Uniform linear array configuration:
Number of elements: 48
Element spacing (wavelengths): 1
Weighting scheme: exponential
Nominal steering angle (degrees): -60
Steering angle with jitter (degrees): -60.946
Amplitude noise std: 0.05
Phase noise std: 0.05

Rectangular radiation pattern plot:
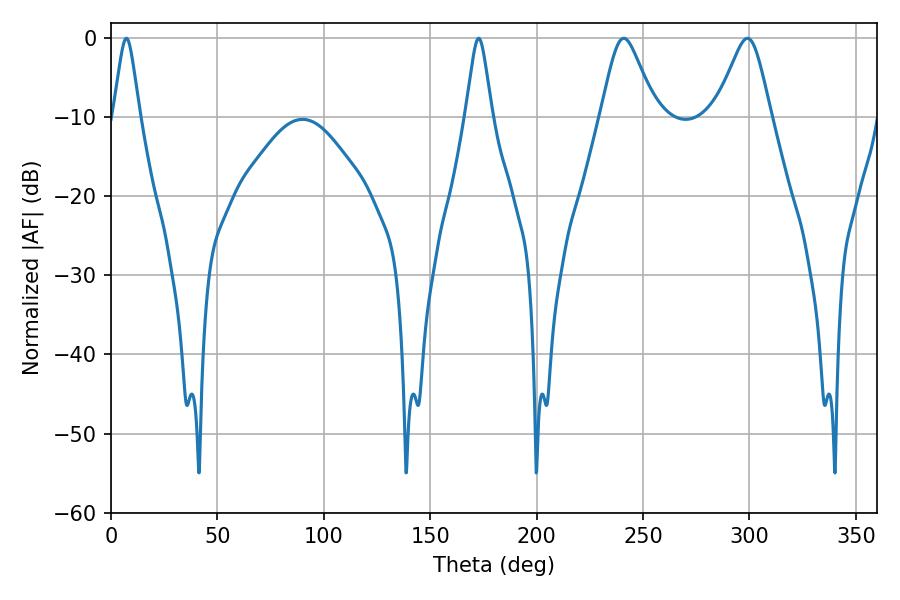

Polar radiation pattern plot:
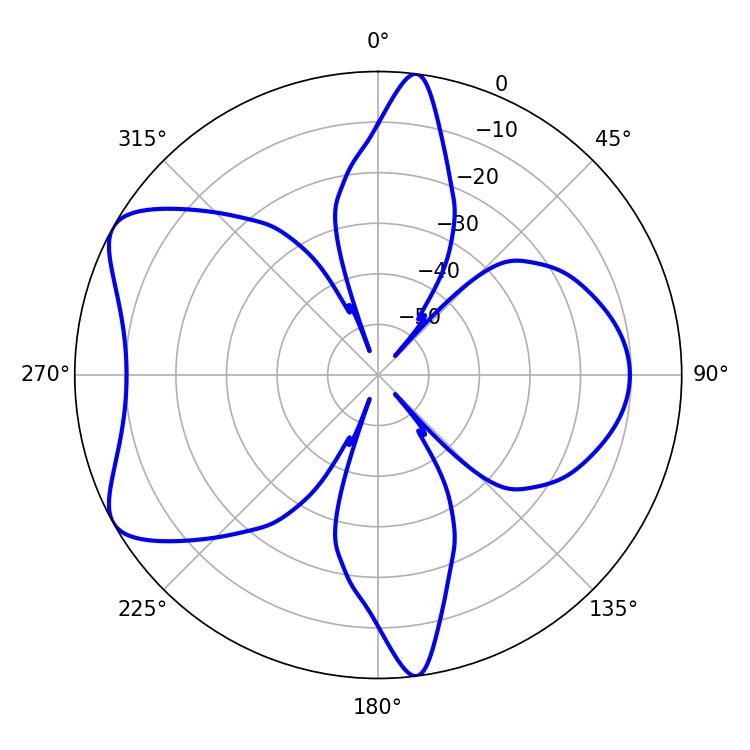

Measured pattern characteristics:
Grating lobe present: TRUE
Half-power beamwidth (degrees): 5.76
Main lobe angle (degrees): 7.2